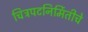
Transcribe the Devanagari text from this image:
चित्रपटनिर्मितीचे